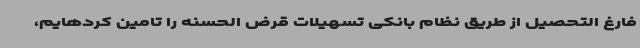
فارغ التحصیل از طریق نظام بانکی تسهیلات قرض الحسنه را تامین کردهایم،